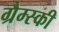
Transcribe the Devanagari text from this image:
ग्रैम्स्की